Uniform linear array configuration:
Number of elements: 64
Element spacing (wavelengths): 0.75
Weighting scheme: blackman
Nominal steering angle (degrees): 15
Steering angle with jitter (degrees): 13.189
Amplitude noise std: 0.05
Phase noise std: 0.05

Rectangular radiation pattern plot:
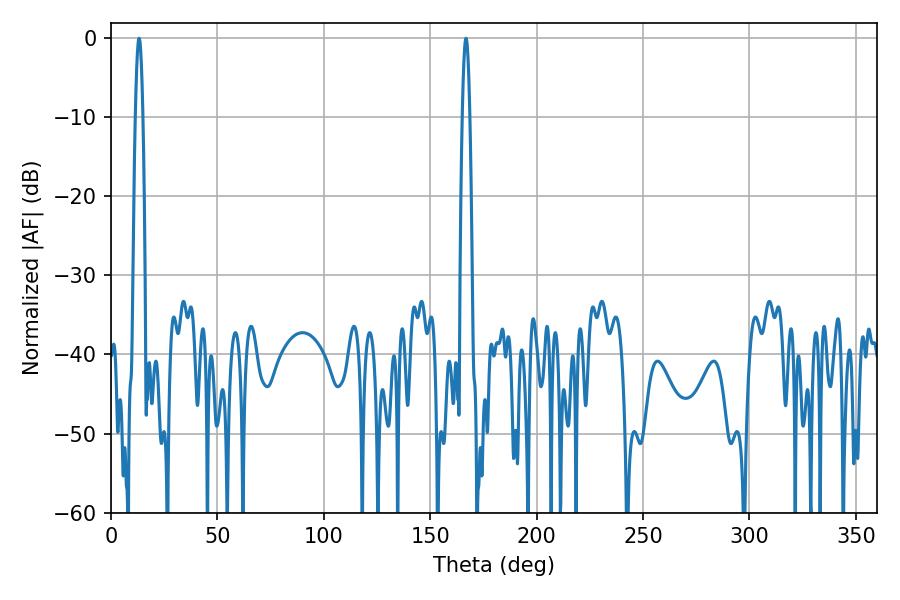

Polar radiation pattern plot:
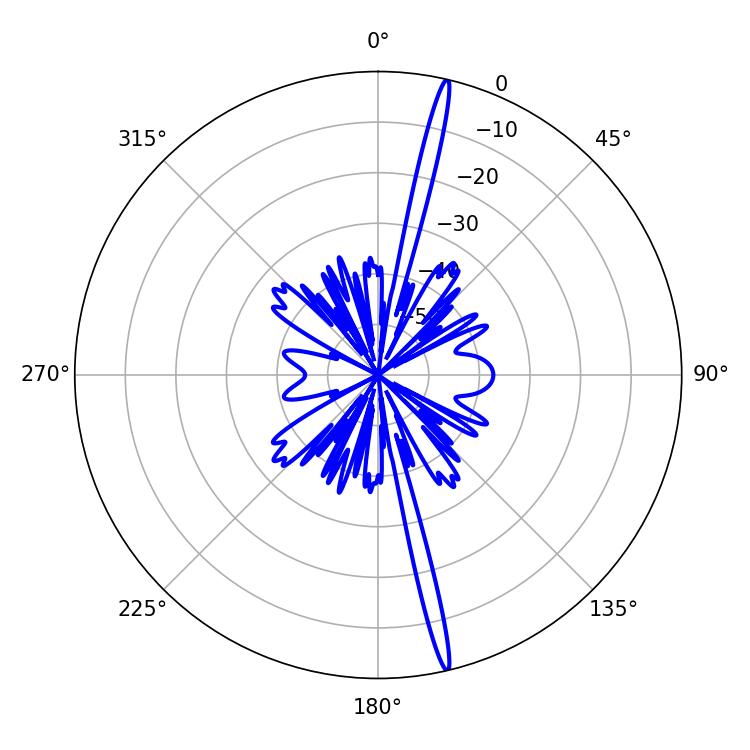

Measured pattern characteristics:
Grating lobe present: TRUE
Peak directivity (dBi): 20.687
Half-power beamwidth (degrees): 1.8
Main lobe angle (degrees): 166.86